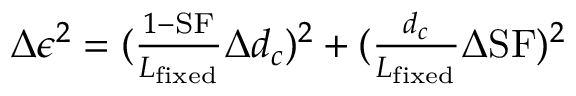
\begin{array} { r } { \Delta \epsilon ^ { 2 } = ( \frac { 1 - \mathrm { S F } } { L _ { \mathrm { f i x e d } } } \Delta d _ { c } ) ^ { 2 } + ( \frac { d _ { c } } { L _ { \mathrm { f i x e d } } } \Delta \mathrm { S F } ) ^ { 2 } } \end{array}